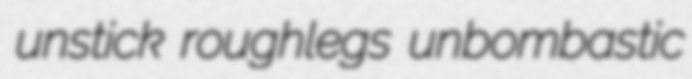
unstick roughlegs unbombastic